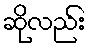
ဆိုလည်း